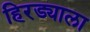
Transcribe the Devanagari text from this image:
हिरड्याला